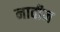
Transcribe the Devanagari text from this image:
नावीन